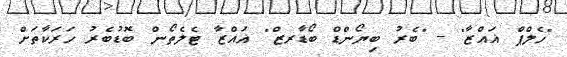
"ހެލްޕް ޣައްޒާ" - "ބެރު ބިޔޯންޑް ބޯޑާރޒް" ޣައްޒާ ޓެލެތޯން ބޮޑުބެރު ހަރަކާތަށް